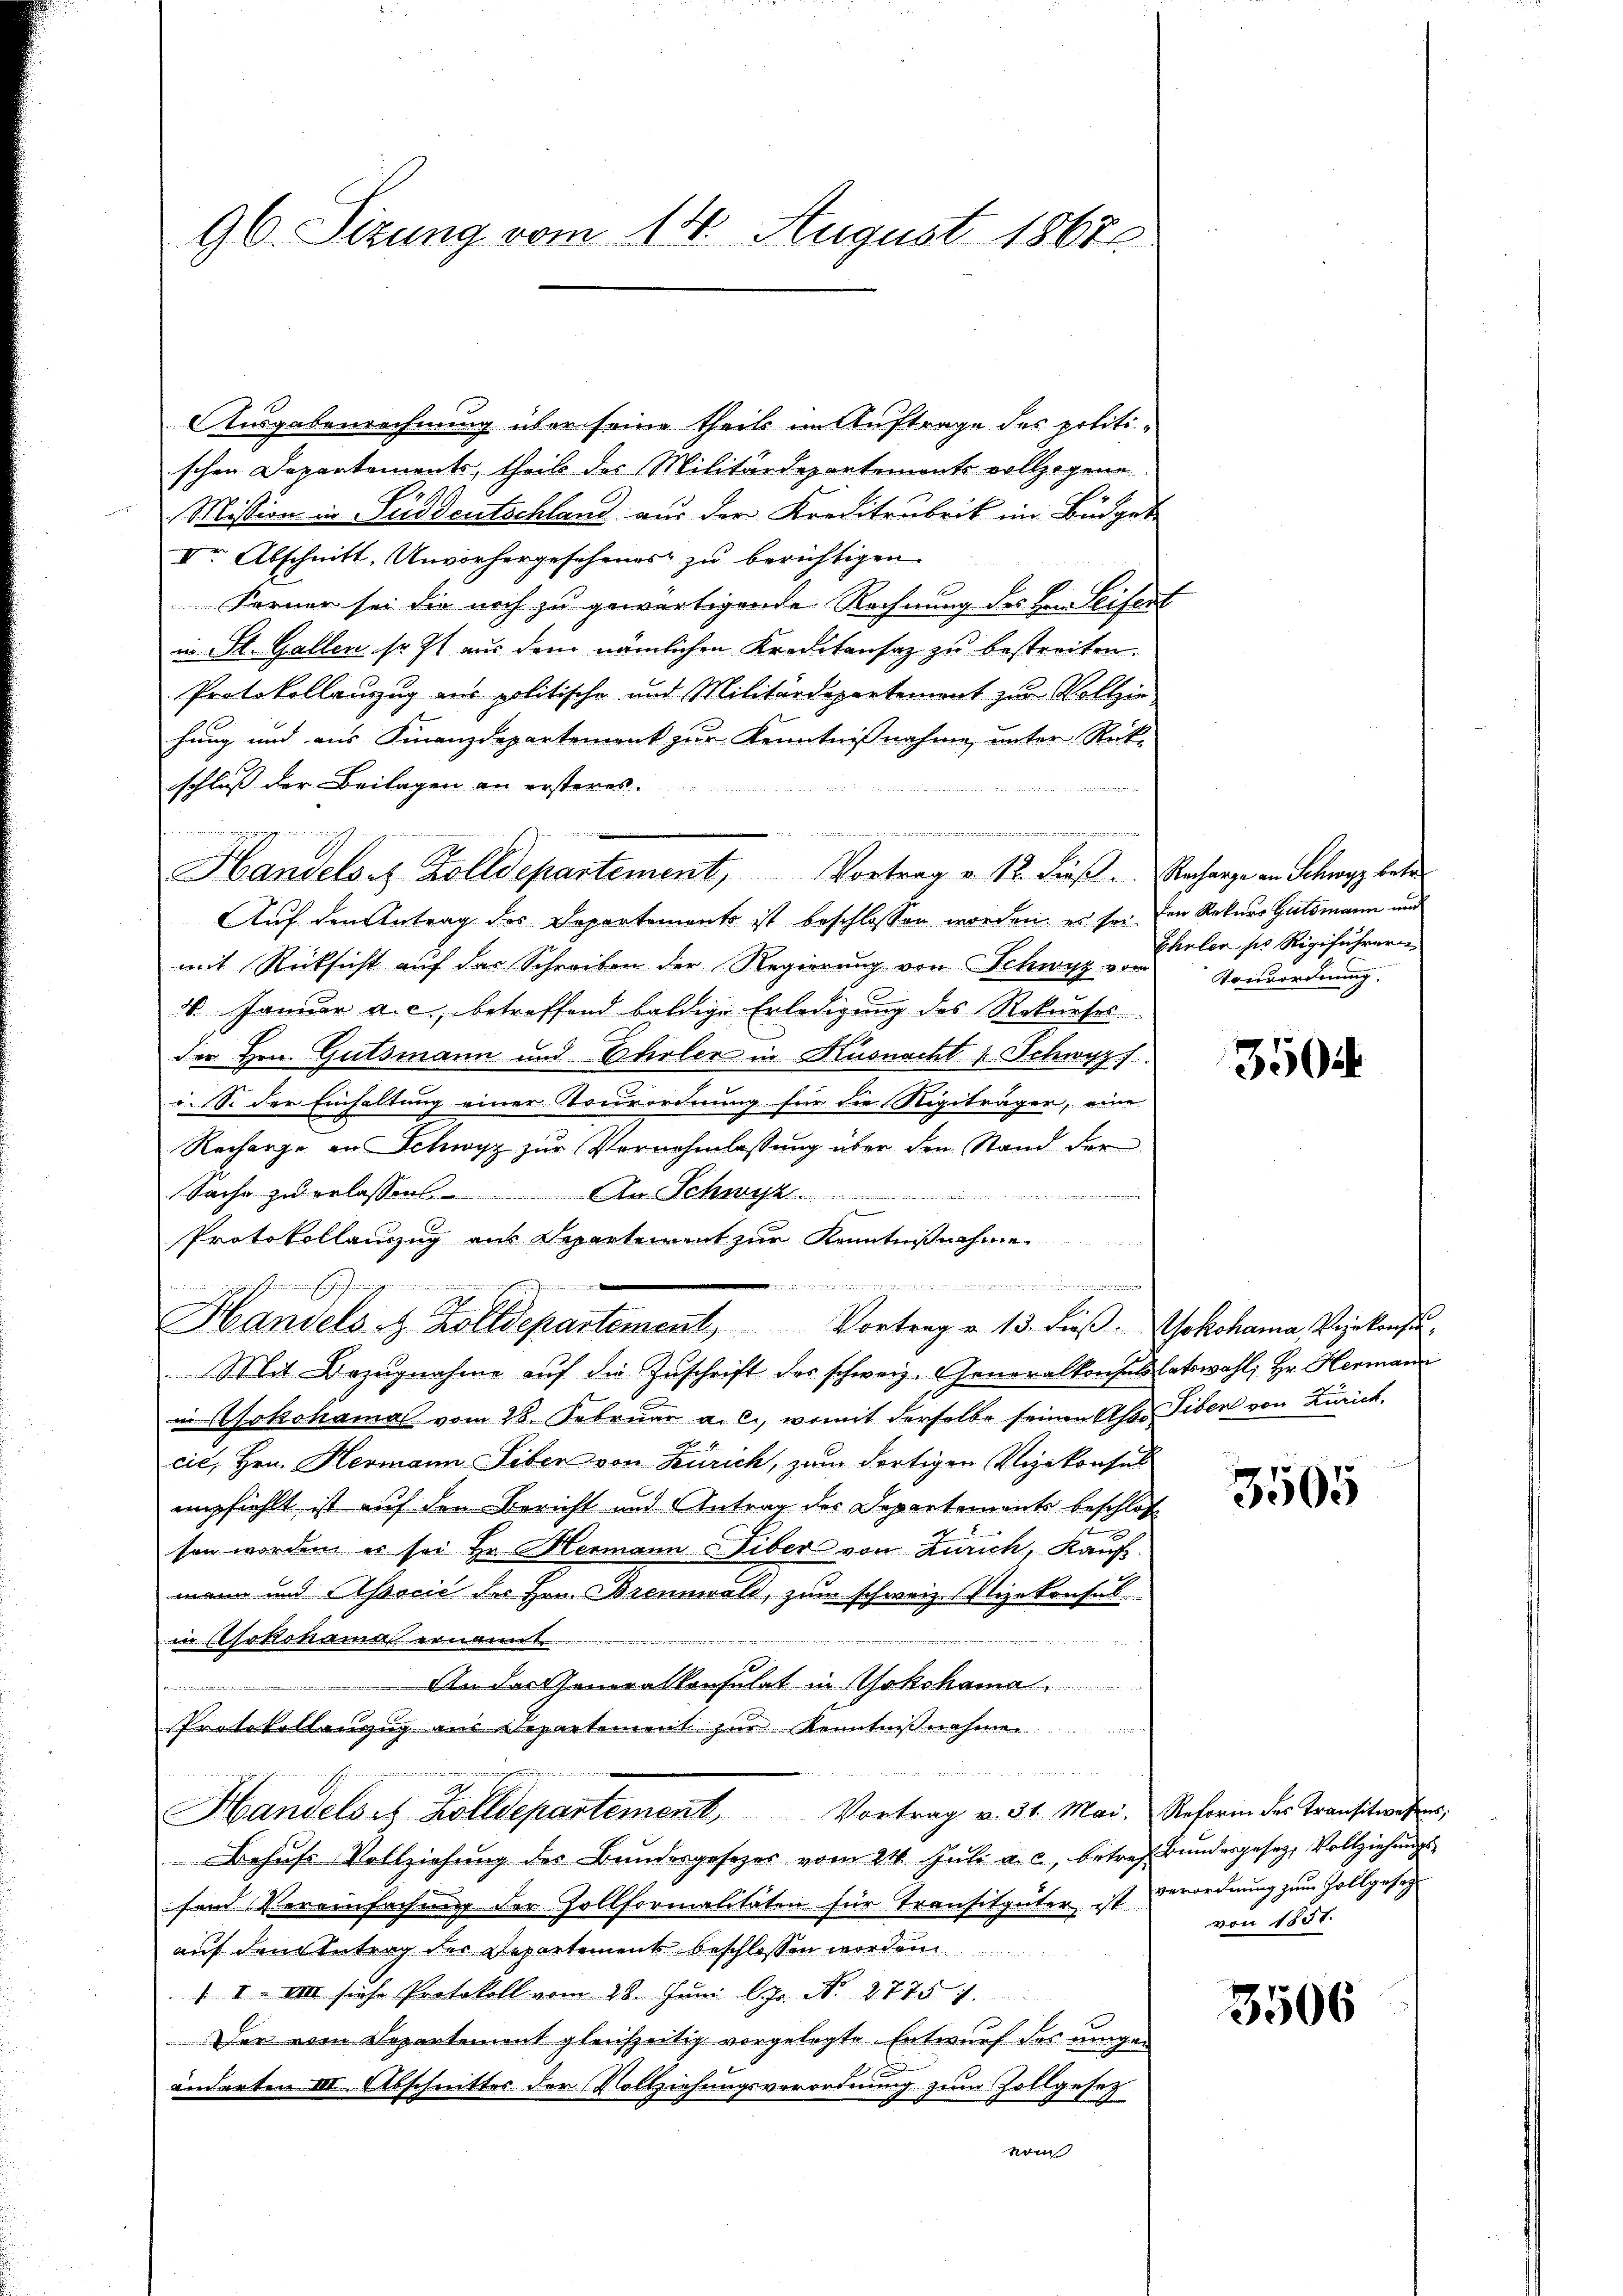
96. Sizung vom 14. August 1867

Ausgabenrechnung über seine theils im Auftrage des politischen Departements, theil des Militärdepartements vollzogene
Mission in Fieddeutschland aus der Kreditrubrik im Büdget-
Ver Abschnitt, Unvorhergeschenes zu berichtigen.
Ferner sei die noch zu gewärtigende Rechnung des Hr. Seifent
in St. Gallen so st aus dem nämlichen Kreditansaz zu bestreiten.
Protokollanzug aus politische und Militärdepartemont zu Vollziehung und aus Finanzdepartement zur Kenntnißnahme, unter Rück-
schluß der Beilagen an ersteres
        244 n 1. 141. 4
Auf den Antrag des Departements ist beschlossen worden, es sei den Rekurs Gutsmann und
mit Rücksicht auf das Schreiben der Regierung von Schwyz vom
V. Januar a. c., betreffend baldige Erledigung des Rekrieses
der Hrn. Gutsmann und Ehrler in Küsnacht, Schwyz)
v.S. der Einhaltung einer Tourordnung für die Rigiträger, eine
Recharge in Schwyz zur Vornehmlassung über den Stand der
Sache zu erlassen. An Schwyz
Protokollauszug aus Departement zur Kenntnißnahme

....................................
Handels z. Zolldepartement, Vortrag u. 13. dieβ. Yokohama, Vizekonsu¬
Mit Bezŭgnahme aŭf die Zŭschrift der schweiz. Generalkonsultatswahl; Hr. Hermann
in Sokohama vom 28. Februar a. c., womit derselbe seinen Ass Tiben von Zürich.
cie, Hrn. Hermann Siben von Zürich, zum dortigen Vizekonsul
empfiehlt ist auf den Bericht und Antrag des Departements beschloß
2
sen worden es sei Hr. Hermann Liber von Zürich, Kauf-
mann und Associć des Hrn. Brennwald, zum schweiz. Nizekonsul
in (sokohamas ernannt.
e
An des Generalkonsulat in Yokohama.
commission
Protokollanzug aus Separtement zur Kennten

Nr. 18
itens altende
Vortrag v. 31. Mai. Reform des Transitwesens,
Handels es Zolldepartement,
Behufs Vollziehung des Bundesgesezes vom 24. Juli a. c. betref Bundergesetz, Vollziehungsfend Vereinfachung der Zollformalitäten für Transitgüter ist verordnung zum Zollgesezauf den Antrag der Departement beschlossen worden
/. I. VIII siche Protokoll vom 28. Juni lJr. No. 2775 7.
Der vom Departement gleichzeitig vorgelegte Entwurf des umgeänderten III. Abschnitter der Vollziehungsverordnung zum Zollgesetz
vom

1541
Handels z. Zolldepartement, Vortrag v. 12. dieß. Recharge an Schwyz betr

Eheler pr Rigiführern
Vonsordnung

350

3505

von 1851.

3506